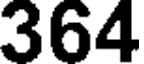
364